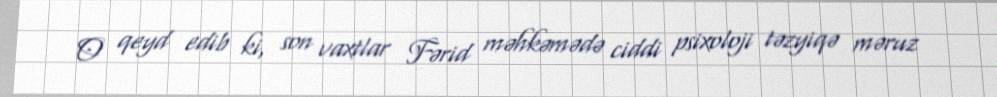
O qeyd edib ki, son vaxtlar Fərid məhkəmədə ciddi psixoloji təzyiqə məruz